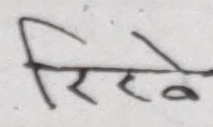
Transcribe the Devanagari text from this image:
रिरेखे